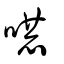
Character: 嚇